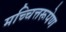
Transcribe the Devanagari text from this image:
मच्चित्तरूपेण